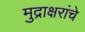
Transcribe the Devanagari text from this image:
मुद्राक्षरांचे